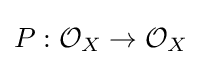
P:{\mathcal {O}}_{X}\to {\mathcal {O}}_{X}